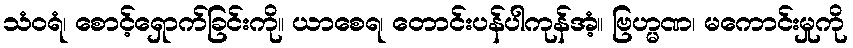
သံဝရံ၊ စောင့်ရှောက်ခြင်းကို။ ယာစေရ၊ တောင်းပန်ပါကုန်အံ့။ ဗြဟ္မဏ၊ မကောင်းမှုကို